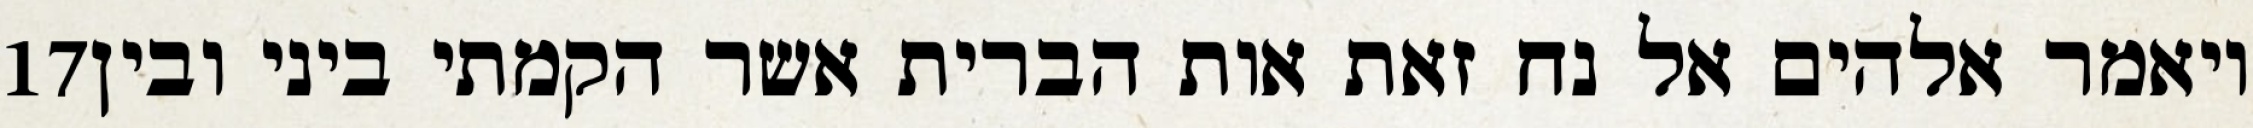
‎17‏ ויאמר אלהים אל נח זאת אות הברית אשר הקמתי ביני ובין